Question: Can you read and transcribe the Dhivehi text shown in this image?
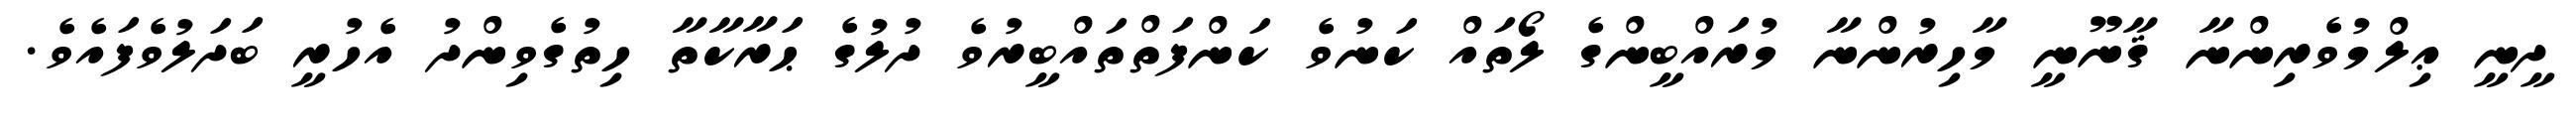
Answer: ދީނީ ޢިލްމުވެރިންނާ ޤާނޫނީ މާހިރުންނާ މުރައްބީންގެ ލޯތައް ކަނުވެ ކަންފަތްތައްބީރުވެ ދުލުގެ ޙަރާކާތާ ހިތުގެވިންދު އެހުރީ ބަދަލުވެފައެވެ.